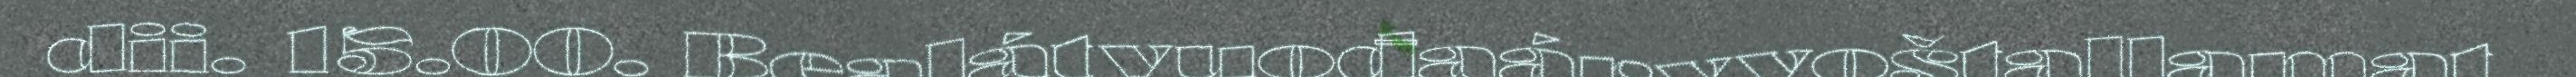
dii. 15.00. Bealátvuođaárvvoštallamat